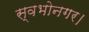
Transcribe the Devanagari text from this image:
स्वभोनगर।